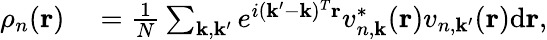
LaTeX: \begin{array}{rl}{\rho_{n}(\mathbf{r})}&{{}=\frac{1}{N}\sum_{\mathbf{k},\mathbf{k}^{\prime}}e^{i(\mathbf{k}^{\prime}-\mathbf{k})^{T}\mathbf{r}}v_{n,\mathbf{k}}^{*}(\mathbf{r})v_{n,\mathbf{k}^{\prime}}(\mathbf{r})\mathrm{d}\mathbf{r},}\end{array}